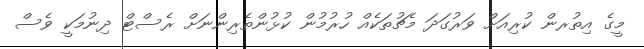
މީގެ އިތުރން ކުރިއަށް ވަރުގަދަ މެޗުތަކެއް ހުރުމުން ކުޅުންތެރިންނަށް ރެސްޓް ދިނުމަކީ ވެސް